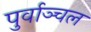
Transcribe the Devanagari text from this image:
पुर्वाञ्चल